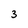
Character: 3